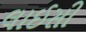
લાઈસી